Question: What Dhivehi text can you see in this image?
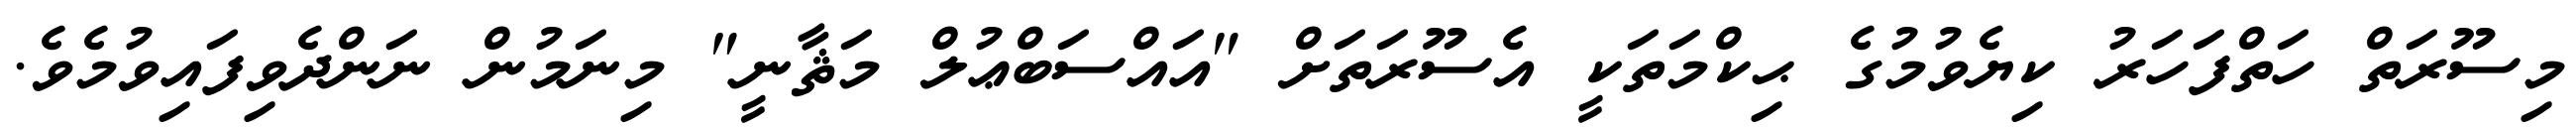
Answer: މިސޫރަތް ހަތްފަހަރު ކިޔެވުމުގެ ޙިކްމަތަކީ އެސޫރަތަށް "އައްސަބްޢުލް މަޘާނީ" މިނަމުން ނަންދެވިފައިވުމެވެ.